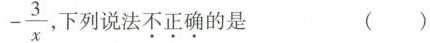
- \frac{3}{x}，下列说法不正确的是 （）